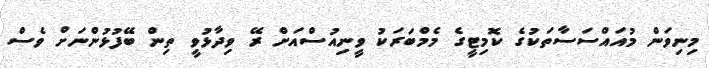
މިނިވަން މުއައްސަސާތަކުގެ ކޮމިޓީގެ މެމްބަރަކު ވީނިއުސްއަށް ރޭ ވިދާޅުވީ ތިން ބޭފުޅުންނަށް ވެސް